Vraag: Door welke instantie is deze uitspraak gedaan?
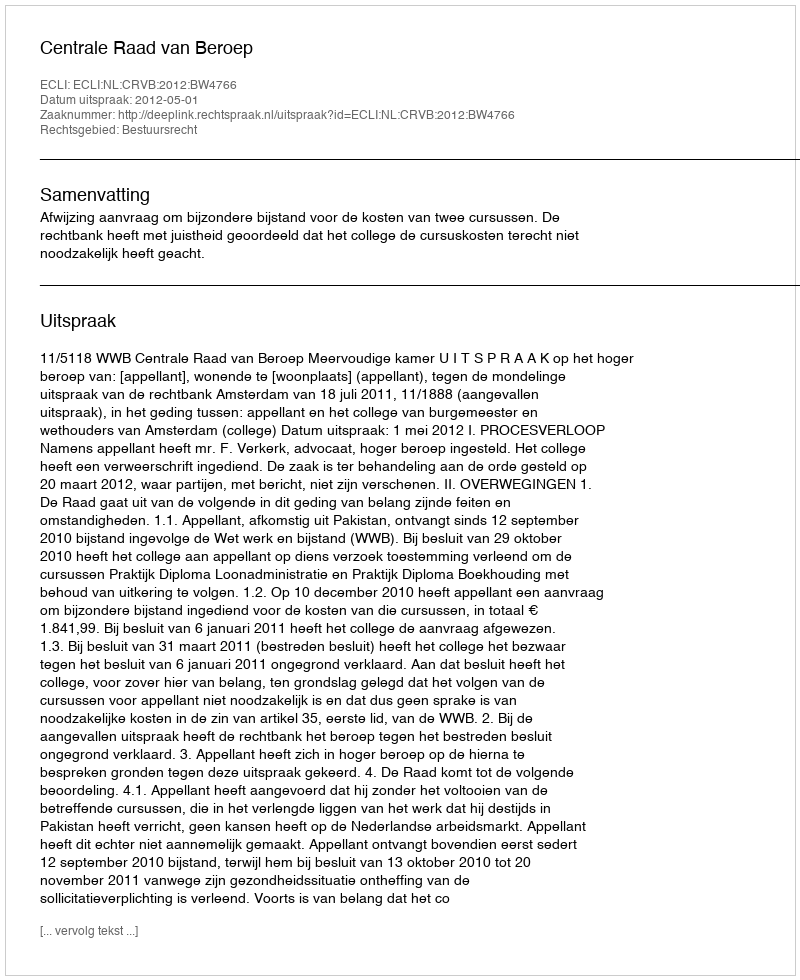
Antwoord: Centrale Raad van Beroep